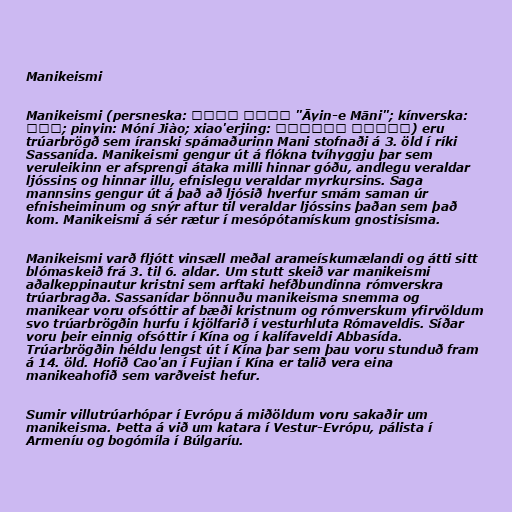
Manikeismi

Manikeismi (persneska: آیین مانی "Āyin-e Māni"; kínverska:
摩尼教; pinyin: Móní Jiào; xiao'erjing: موْنِ كِيَوْ) eru
trúarbrögð sem íranski spámaðurinn Mani stofnaði á 3. öld í ríki
Sassanída. Manikeismi gengur út á flókna tvíhyggju þar sem
veruleikinn er afsprengi átaka milli hinnar góðu, andlegu veraldar
ljóssins og hinnar illu, efnislegu veraldar myrkursins. Saga
mannsins gengur út á það að ljósið hverfur smám saman úr
efnisheiminum og snýr aftur til veraldar ljóssins þaðan sem það
kom. Manikeismi á sér rætur í mesópótamískum gnostisisma.

Manikeismi varð fljótt vinsæll meðal arameískumælandi og átti sitt
blómaskeið frá 3. til 6. aldar. Um stutt skeið var manikeismi
aðalkeppinautur kristni sem arftaki hefðbundinna rómverskra
trúarbragða. Sassanídar bönnuðu manikeisma snemma og
manikear voru ofsóttir af bæði kristnum og rómverskum yfirvöldum
svo trúarbrögðin hurfu í kjölfarið í vesturhluta Rómaveldis. Síðar
voru þeir einnig ofsóttir í Kína og í kalífaveldi Abbasída.
Trúarbrögðin héldu lengst út í Kína þar sem þau voru stunduð fram
á 14. öld. Hofið Cao'an í Fujian í Kína er talið vera eina
manikeahofið sem varðveist hefur.

Sumir villutrúarhópar í Evrópu á miðöldum voru sakaðir um
manikeisma. Þetta á við um katara í Vestur-Evrópu, pálista í
Armeníu og bogómíla í Búlgaríu.